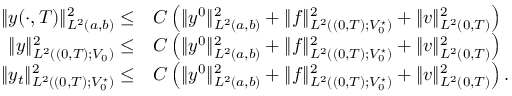
\begin{array} { r l } { \| y ( \cdot , T ) \| _ { L ^ { 2 } ( a , b ) } ^ { 2 } \leq } & { C \left( \| y ^ { 0 } \| _ { L ^ { 2 } ( a , b ) } ^ { 2 } + \| f \| _ { L ^ { 2 } ( ( 0 , T ) ; V _ { 0 } ^ { \star } ) } ^ { 2 } + \| v \| _ { L ^ { 2 } ( 0 , T ) } ^ { 2 } \right) } \\ { \| y \| _ { L ^ { 2 } ( ( 0 , T ) ; V _ { 0 } ) } ^ { 2 } \leq } & { C \left( \| y ^ { 0 } \| _ { L ^ { 2 } ( a , b ) } ^ { 2 } + \| f \| _ { L ^ { 2 } ( ( 0 , T ) ; V _ { 0 } ^ { \star } ) } ^ { 2 } + \| v \| _ { L ^ { 2 } ( 0 , T ) } ^ { 2 } \right) } \\ { \| y _ { t } \| _ { L ^ { 2 } ( ( 0 , T ) ; V _ { 0 } ^ { \star } ) } ^ { 2 } \leq } & { C \left( \| y ^ { 0 } \| _ { L ^ { 2 } ( a , b ) } ^ { 2 } + \| f \| _ { L ^ { 2 } ( ( 0 , T ) ; V _ { 0 } ^ { \star } ) } ^ { 2 } + \| v \| _ { L ^ { 2 } ( 0 , T ) } ^ { 2 } \right) . } \end{array}